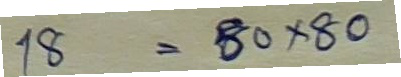
18 = 80 x 80